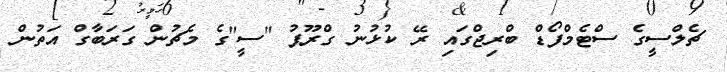
ޗެލްސީގެ ސްޓެމްފޯޑް ބްރިޖްގައި ރޭ ކުޅުނު ގްރޫޕު "ސީ"ގެ މެޗުން ގަރަބާގް އަތުން